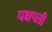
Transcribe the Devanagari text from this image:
पक्षपती